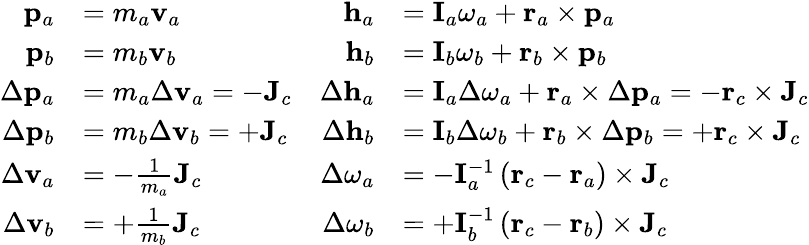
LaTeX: \begin{array}{rlrl}{{\mathbf p}_{a}}&{=m_{a}{\mathbf v}_{a}}&{{\mathbf h}_{a}}&{={\mathbf I}_{a}{\mathbf\omega}_{a}+{\mathbf r}_{a}\times{\mathbf p}_{a}}\\ {{\mathbf p}_{b}}&{=m_{b}{\mathbf v}_{b}}&{{\mathbf h}_{b}}&{={\mathbf I}_{b}{\mathbf\omega}_{b}+{\mathbf r}_{b}\times{\mathbf p}_{b}}\\ {\Delta{\mathbf p}_{a}}&{=m_{a}\Delta{\mathbf v}_{a}=-{\mathbf J}_{c}}&{\Delta{\mathbf h}_{a}}&{={\mathbf I}_{a}\Delta{\mathbf\omega}_{a}+{\mathbf r}_{a}\times\Delta{\mathbf p}_{a}=-{\mathbf r}_{c}\times{\mathbf J}_{c}}\\ {\Delta{\mathbf p}_{b}}&{=m_{b}\Delta{\mathbf v}_{b}=+{\mathbf J}_{c}}&{\Delta{\mathbf h}_{b}}&{={\mathbf I}_{b}\Delta{\mathbf\omega}_{b}+{\mathbf r}_{b}\times\Delta{\mathbf p}_{b}=+{\mathbf r}_{c}\times{\mathbf J}_{c}}\\ {\Delta{\mathbf v}_{a}}&{=-\frac{1}{m_{a}}{\mathbf J}_{c}}&{\Delta{\mathbf\omega}_{a}}&{=-{\mathbf I}_{a}^{-1}\left({\mathbf r}_{c}-{\mathbf r}_{a}\right)\times{\mathbf J}_{c}}\\ {\Delta{\mathbf v}_{b}}&{=+\frac{1}{m_{b}}{\mathbf J}_{c}}&{\Delta{\mathbf\omega}_{b}}&{=+{\mathbf I}_{b}^{-1}\left({\mathbf r}_{c}-{\mathbf r}_{b}\right)\times{\mathbf J}_{c}}\end{array}